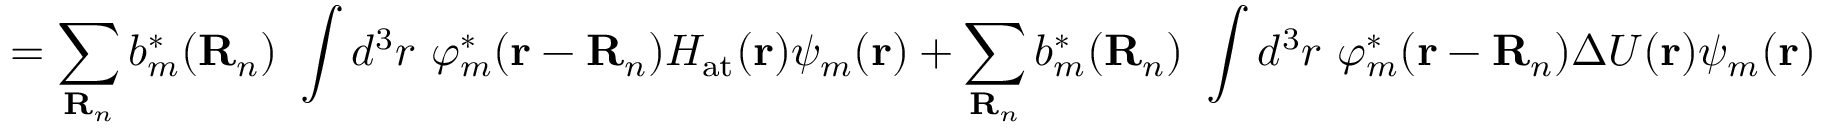
= \sum _ { \mathbf { R } _ { n } } b _ { m } ^ { * } ( \mathbf { R } _ { n } ) \ \int d ^ { 3 } r \ \varphi _ { m } ^ { * } ( \mathbf { r } - \mathbf { R } _ { n } ) H _ { \mathrm { a t } } ( \mathbf { r } ) \psi _ { m } ( \mathbf { r } ) + \sum _ { \mathbf { R } _ { n } } b _ { m } ^ { * } ( \mathbf { R } _ { n } ) \ \int d ^ { 3 } r \ \varphi _ { m } ^ { * } ( \mathbf { r } - \mathbf { R } _ { n } ) \Delta U ( \mathbf { r } ) \psi _ { m } ( \mathbf { r } )